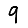
Digit: 9